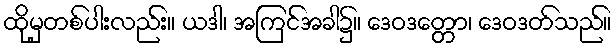
ထိုမှတစ်ပါးလည်း။ ယဒါ၊ အကြင်အခါ၌။ ဒေဝဒတ္တော၊ ဒေဝဒတ်သည်။